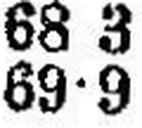
69•9